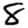
Digit: 8